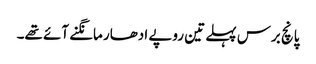
پانچ برس پہلے تین روپے ادھار مانگنے آئے تھے۔